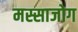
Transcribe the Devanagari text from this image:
मस्साजोग